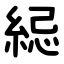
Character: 䋟